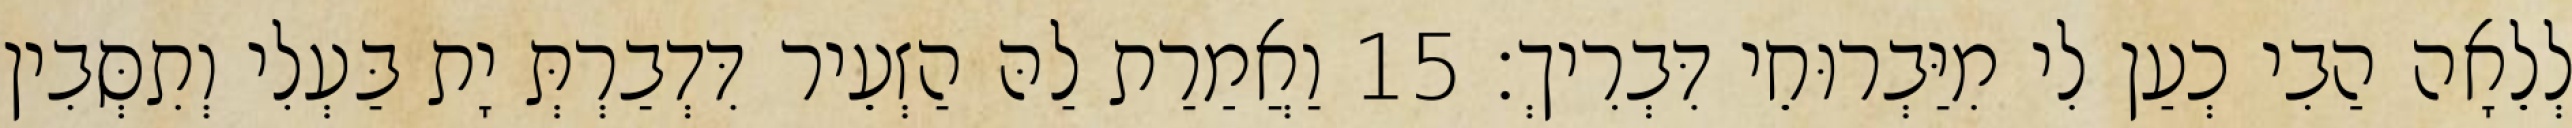
לְלֵאָה הַבִי כְעַן לִי מִיַּבְרוּחֵי דִּבְרִיךְ׃ 15 וַאֲמַרַת לַהּ הַזְעֵיר דִּדְבַרְתְּ יָת בַּעְלִי וְתִסְּבִין